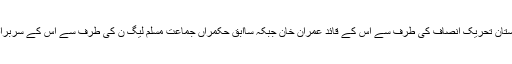
حالیہ انتخابات میں سب سے زیادہ نشستیں حاصل کرنے والی جماعت، پاکستان تحریکِ انصاف کی طرف سے اس کے قائد عمران خان جبکہ ساابق حکمراں جماعت مُسلم لیگ ن کی طرف سے اس کے سربراہ شہباز شریف وزارتِ عظمیٰ کیلئے کاغذاتِ نامزدگی جمع کرواچکے ہیں۔